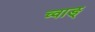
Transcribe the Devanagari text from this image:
च्वाङ्‌